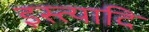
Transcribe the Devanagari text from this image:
इस्त्यादि